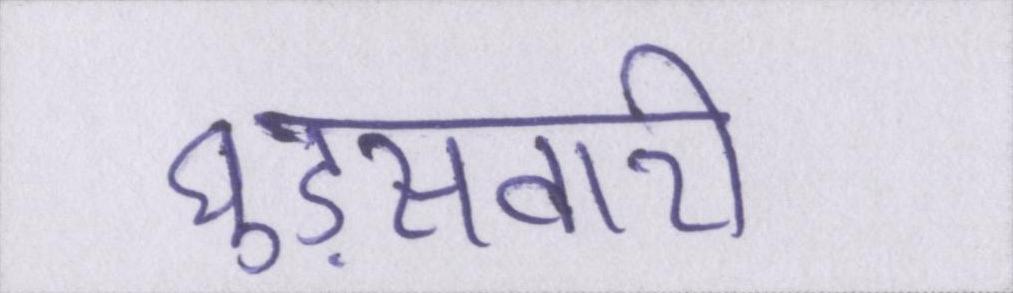
घुड़सवारी